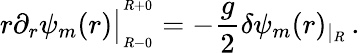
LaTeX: r\partial_{r}\psi_{m}(r)\big|_{_{R-0}}^{^{R+0}}=-{\frac{g}{2}}\delta\psi_{m}(r)_{|_{R}}\, .